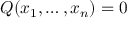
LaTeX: Q ( x _ { 1 } , \ldots , x _ { n } ) = 0